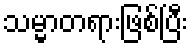
သမ္မာတရားဖြစ်ပြီး